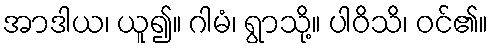
အာဒါယ၊ ယူ၍။ ဂါမံ၊ ရွာသို့။ ပါဝိသိ၊ ဝင်၏။